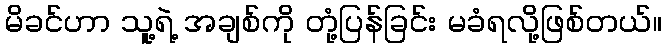
မိခင်ဟာ သူ့ရဲ့ အချစ်ကို တုံ့ပြန်ခြင်း မခံရလို့ဖြစ်တယ်။